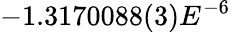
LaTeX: -1.3170088(3)E^{-6}